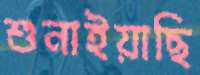
শুনাইয়াছি